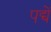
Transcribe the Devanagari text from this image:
पद्यें